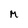
Character: M